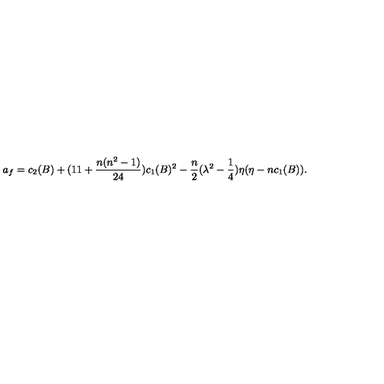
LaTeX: a _ { f } = c _ { 2 } ( B ) + ( 1 1 + \frac { n ( n ^ { 2 } - 1 ) } { 2 4 } ) c _ { 1 } ( B ) ^ { 2 } - \frac { n } { 2 } ( \lambda ^ { 2 } - \frac { 1 } { 4 } ) \eta ( \eta - n c _ { 1 } ( B ) ) .